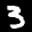
Label: 3